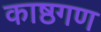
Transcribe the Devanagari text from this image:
काष्ठगण